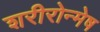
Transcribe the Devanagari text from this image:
शरीरोन्मेष